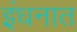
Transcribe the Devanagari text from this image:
इंधनात